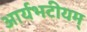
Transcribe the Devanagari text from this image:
आर्यभटीयम्‌